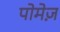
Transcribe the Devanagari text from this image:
पोमेज़